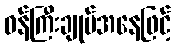
ဝန်ကြီးချုပ်အနေဖြင့်